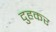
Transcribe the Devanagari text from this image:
दुहकर